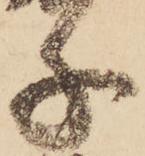
子